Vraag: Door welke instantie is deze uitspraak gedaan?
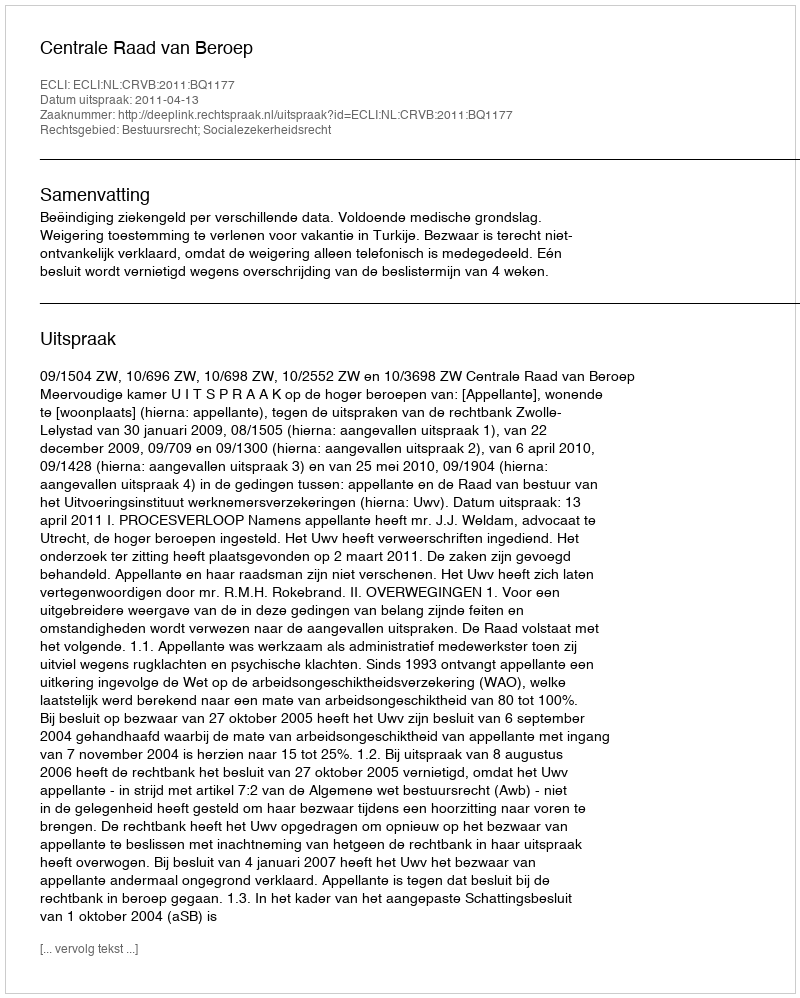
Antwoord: Centrale Raad van Beroep